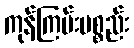
ကုန်ကြမ်းပစ္စည်း